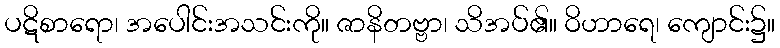
ပဋိစာရော၊ အပေါင်းအသင်းကို။ ဇာနိတဗ္ဗာ၊ သိအပ်၏။ ဝိဟာရေ၊ ကျောင်း၌။